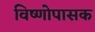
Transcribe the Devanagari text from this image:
विष्णोपासक